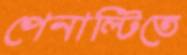
পেনাল্টিতে